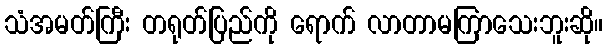
သံအမတ်ကြီး တရုတ်ပြည်ကို ရောက် လာတာမကြာသေးဘူးဆို။